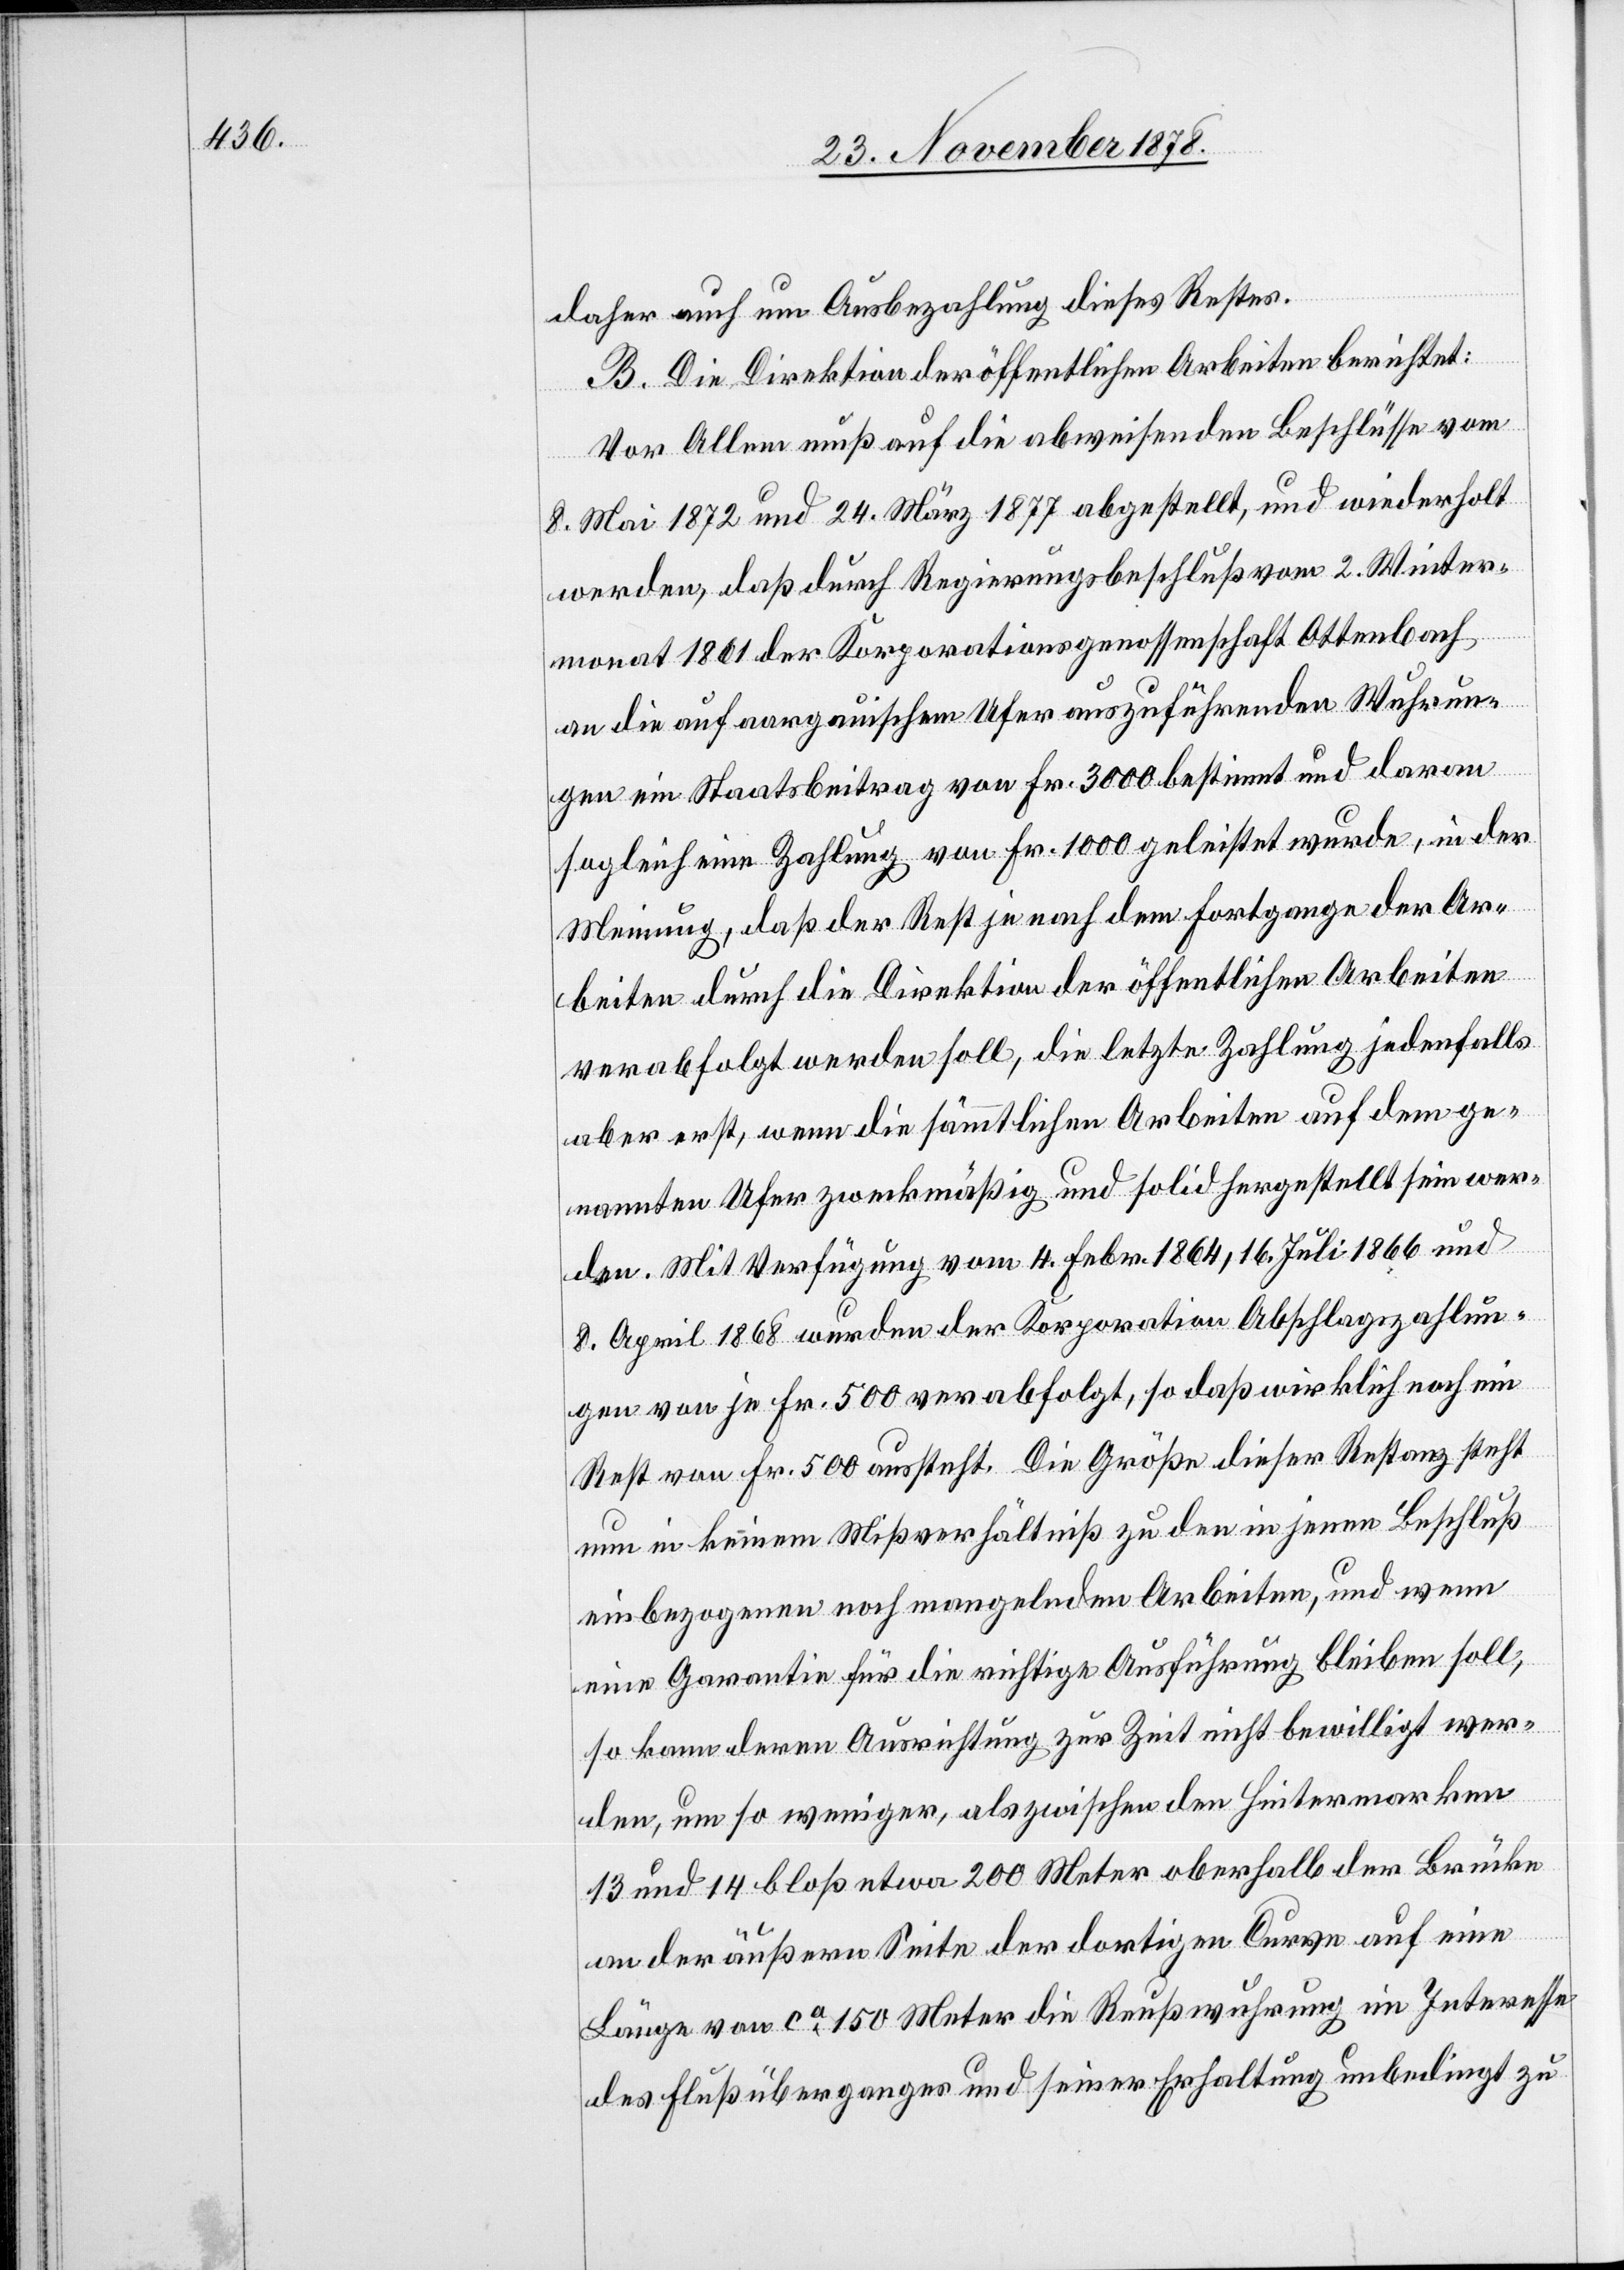
daher auch um Ausbezahlung dieses Restes.
B. Die Direktion der öffentlichen Arbeiten berichtet:
Vor Allem muß auf die abweisenden Beschlüsse vom
8. Mai 1872 und 24. März 1877 abgestellt, und wiederholt
werden, daß durch Regierungsbeschluß vom 2. Winter¬
monat 1861 der Korporationsgenossenschaft Ottenbach
an die auf aargauischem Ufer auszuführenden Wuhrun¬
gen ein Staatsbeitrag von Fr. 3000 bestimmt und davon
sogleich eine Zahlung von Fr. 1000 geleistet wurde, in der
Meinung, daß der Rest je nach dem Fortgange der Ar¬
beiten durch die Direktion der öffentlichen Arbeiten
verabfolgt werden soll, die letzte Zahlung jedenfalls
aber erst, wenn die sämmtlichen Arbeiten auf dem ge¬
nannten Ufer zweckmäßig und solid hergestellt sein wer¬
den. Mit Verfügung vom 4. Febr. 1864, 16. Juli 1866 und
8. April 1868 wurden der Korporation Abschlagszahlun¬
gen von je Fr. 500 verabfolgt, so daß wirklich noch ein
Rest von Fr. 500 aussteht. Die Größe dieser Restanz steht
nun in keinem Mißverhältniß zu den in jenem Beschluß
einbezogenen noch mangelnden Arbeiten, und wenn
eine Garantie für die richtige Ausführung bleiben soll,
so kann deren Ausrichtung zur Zeit nicht bewilligt wer¬
den, um so weniger, als zwischen den Hintermarken
13 und 14 bloß etwa 200 Meter oberhalb der Brücke
an der äußern Seite der dortigen Curve auf eine
Länge von ca 150 Meter die Reußwuhrung im Interesse
des Flußüberganges und seiner Erhaltung unbedingt zu